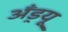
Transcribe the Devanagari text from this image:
अँड्रयू